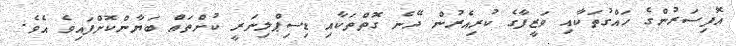
އޮފިސަރުންގެ ހައްގުތަކާއި ވަޒީފާގެ ކުރިއެރުން ދޭނެ ގޮތްތަކާއި ޑިސިޕްލިނަރީ ކުށްތައް ބަޔާންކޮށްފައިވެ އެވެ.